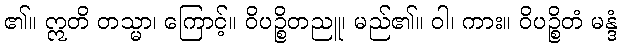
၏။ ဣတိ တသ္မာ၊ ကြောင့်။ ဝိပဉ္စိတညူ၊ မည်၏။ ဝါ၊ ကား။ ဝိပဉ္စိတံ မန္ဒံ